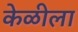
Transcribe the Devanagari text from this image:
केळीला